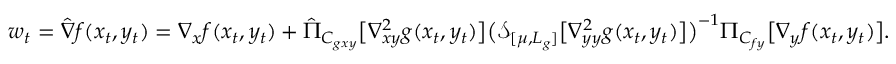
\begin{array} { r } { w _ { t } = \hat { \nabla } f ( x _ { t } , y _ { t } ) = \nabla _ { x } f ( x _ { t } , y _ { t } ) + \hat { \Pi } _ { C _ { g x y } } \big [ \nabla _ { x y } ^ { 2 } g ( x _ { t } , y _ { t } ) \big ] \big ( \mathcal { S } _ { [ \mu , L _ { g } ] } \big [ \nabla _ { y y } ^ { 2 } g ( x _ { t } , y _ { t } ) \big ] \big ) ^ { - 1 } \Pi _ { C _ { f y } } \big [ \nabla _ { y } f ( x _ { t } , y _ { t } ) \big ] . } \end{array}